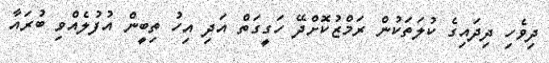
ދިވެހި ދިދައިގެ ކުލަތަކުން ރަމްޒުކޮށްދޭ ހަގީގަތް އަދި އިހު ތިބީން އުފުލެއްވި ބުރައާ